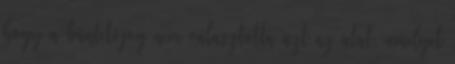
hogy a büntetőjog nem választotta azt az utat, amelyet